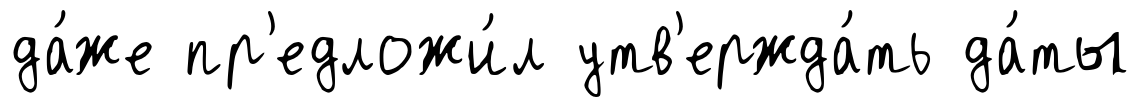
да́же пр'едложи́л утв'ержда́ть да́ты